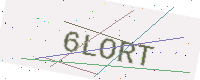
Text: 6LORT